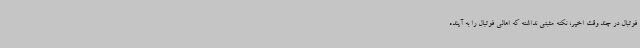
فوتبال در چند وقت اخیر، نکته مثبتی نداشته که اهالی فوتبال را به آینده